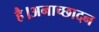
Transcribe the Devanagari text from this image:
है।अनाच्छादन